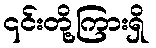
၎င်းတို့ကြားရှိ